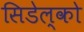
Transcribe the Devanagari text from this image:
सिडेल्को